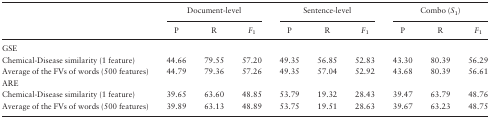
<table><thead><tr><td></td><td colspan="3"><b>Document-level</b></td><td colspan="3"><b>Sentence-level</b></td><td colspan="3"><b>Combo (<i>S</i><sub>1</sub>)</b></td></tr><tr><td></td><td><b>P</b></td><td><b>R</b></td><td><b><i>F</i><sub>1</sub></b></td><td><b>P</b></td><td><b>R</b></td><td><b><i>F</i><sub>1</sub></b></td><td><b>P</b></td><td><b>R</b></td><td><b><i>F</i><sub>1</sub></b></td></tr></thead><tbody><tr><td>GSE</td><td></td><td></td><td></td><td></td><td></td><td></td><td></td><td></td><td></td></tr><tr><td>Chemical-Disease similarity (1 feature)</td><td>44.66</td><td>79.55</td><td>57.20</td><td>49.35</td><td>56.85</td><td>52.83</td><td>43.30</td><td>80.39</td><td>56.29</td></tr><tr><td>Average of the FVs of words (500 features)</td><td>44.79</td><td>79.36</td><td>57.26</td><td>49.35</td><td>57.04</td><td>52.92</td><td>43.68</td><td>80.39</td><td>56.61</td></tr><tr><td>ARE</td><td></td><td></td><td></td><td></td><td></td><td></td><td></td><td></td><td></td></tr><tr><td>Chemical-Disease similarity (1 feature)</td><td>39.65</td><td>63.60</td><td>48.85</td><td>53.79</td><td>19.32</td><td>28.43</td><td>39.47</td><td>63.79</td><td>48.76</td></tr><tr><td>Average of the FVs of words (500 features)</td><td>39.89</td><td>63.13</td><td>48.89</td><td>53.75</td><td>19.51</td><td>28.63</td><td>39.67</td><td>63.23</td><td>48.75</td></tr></tbody></table>